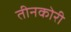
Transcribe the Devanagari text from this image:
तीनकोरी